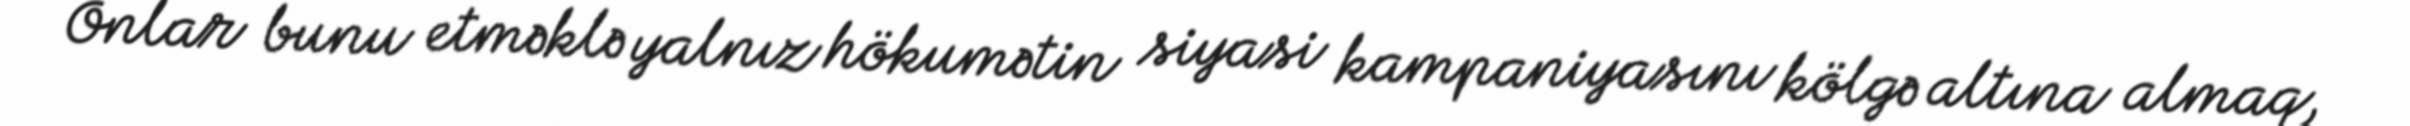
Onlar bunu etməklə yalnız hökumətin siyasi kampaniyasını kölgə altına almaq,